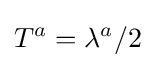
T^{a}=\lambda ^{a}/2